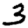
Digit: 3